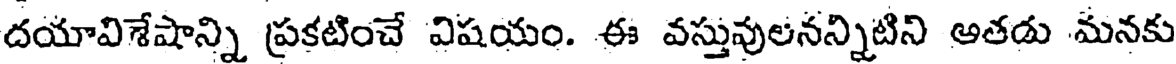
దయావిశేషాన్ని ప్రకటించే విషయం. ఈ వస్తువులనన్నిటిని అతడు మనకు